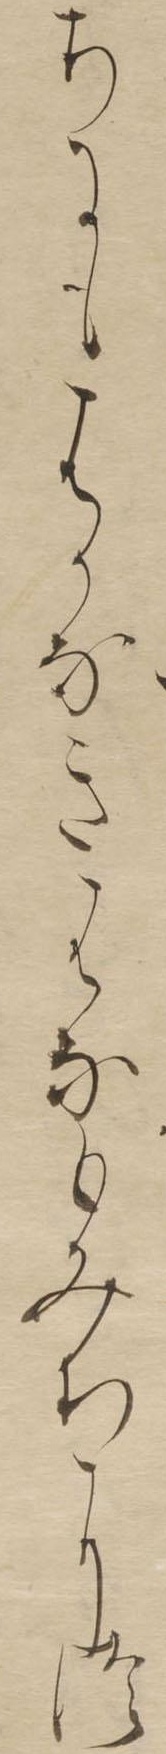
ちにもはかなきはなもみちにつ